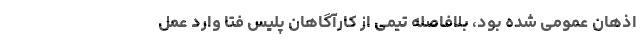
اذهان عمومی شده بود، بلافاصله تیمی از کارآگاهان پلیس فتا وارد عمل